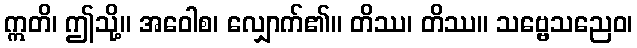
ဣတိ၊ ဤသို့။ အဝေါစ၊ လျှောက်၏။ တိဿ၊ တိဿ။ သဗ္ဗေသညေဝ၊